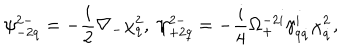
LaTeX: \psi _ { - 2 q } ^ { 2 - } = - \frac { i } { 2 } \nabla _ { - } \chi _ { q } ^ { 2 } , \ \psi _ { + 2 q } ^ { 2 - } = - \frac { i } { 4 } \Omega _ { + } ^ { - 2 i } \gamma _ { q \dot { q } } ^ { i } \chi _ { \dot { q } } ^ { 2 } ,